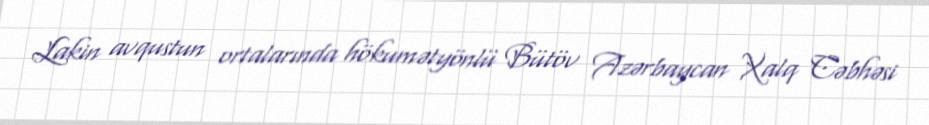
Lakin avqustun ortalarında hökumətyönlü Bütöv Azərbaycan Xalq Cəbhəsi